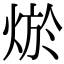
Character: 𤉪